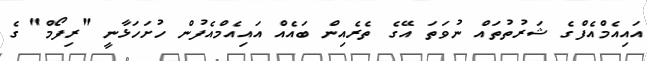
އައިއެމްއެފްގެ ޝަރުތުތައް ނުވަތަ އޭގެ ތެރެއިން ބައެއް އައިއެމްއެފުން ހުށަހަޅާނީ "ރިފޯމް" ގެ